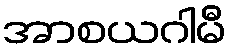
အာစယဂါမီ